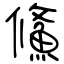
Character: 鯈